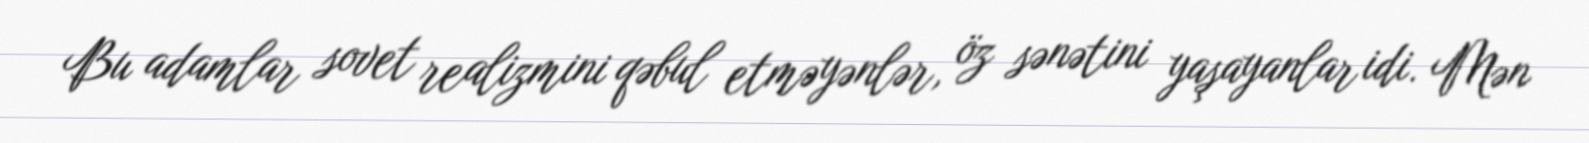
Bu adamlar sovet realizmini qəbul etməyənlər, öz sənətini yaşayanlar idi. Mən